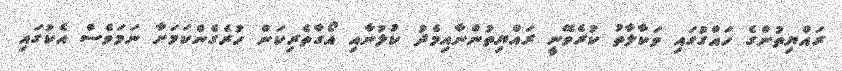
ރައްޔިތުންގެ ހައްގުގައި ވަކާލާތު ކުރެވޭނީ ރައްޔިތުންނާއިމެދު ކުލުނާއި އޯގާތެރިކަން ހުރެގެންކަމަށާ ނަމަވެސް އެކުގައި